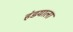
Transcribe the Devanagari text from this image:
हंडयाला